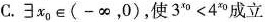
C. $$\ni x_{0}\in (-\infty ，0)$$，使$$3^{x_{0}}<4^{x_{0}}$$成立